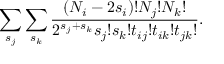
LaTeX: \sum _ { s _ { j } } \sum _ { s _ { k } } \frac { ( N _ { i } - 2 s _ { i } ) ! N _ { j } ! N _ { k } ! } { 2 ^ { s _ { j } + s _ { k } } s _ { j } ! s _ { k } ! t _ { i j } ! t _ { i k } ! t _ { j k } ! } .